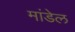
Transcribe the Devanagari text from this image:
मांडेल